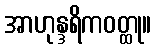
အာဟုန္ဒရိကဝတ္ထု။